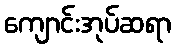
ကျောင်းအုပ်ဆရာ